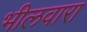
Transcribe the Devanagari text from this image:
भीलवारा